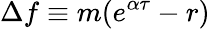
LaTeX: \Delta f\equiv m(e^{\alpha\tau}-r)